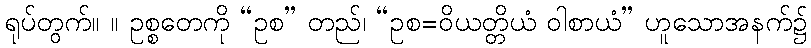
ရုပ်တွက်။ ။ ဥစ္စတေကို “ဥစ” တည်၊ “ဥစ=ဝိယတ္တိယံ ဝါစာယံ” ဟူသောအနက်၌